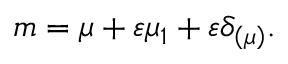
m = \mu + \varepsilon \mu _ { 1 } + \varepsilon \delta _ { \left( \mu \right) } .